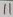
Text: 11